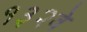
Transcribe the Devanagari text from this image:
१३२वे